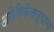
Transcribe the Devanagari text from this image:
अमेरिकेतल्याच